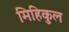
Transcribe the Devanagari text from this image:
मिहिकुल